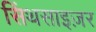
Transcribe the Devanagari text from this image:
सिंथसाइज़र